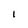
Character: 1